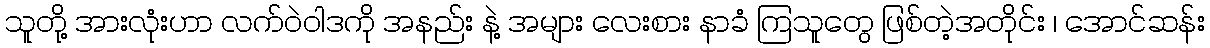
သူတို့ အားလုံးဟာ လက်ဝဲဝါဒကို အနည်း နဲ့ အများ လေးစား နာခံ ကြသူတွေ ဖြစ်တဲ့အတိုင်း ၊ အောင်ဆန်း